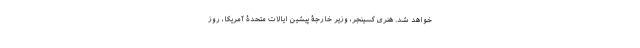
خواهد شد. هنری کسینجر، وزیر خارجۀ پیشین ایالات متحدۀ آمریکا، روز